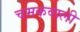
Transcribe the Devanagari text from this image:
चमकवाली